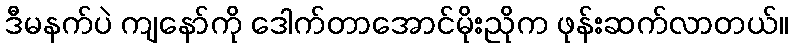
ဒီမနက်ပဲ ကျနော်ကို ဒေါက်တာအောင်မိုးညိုက ဖုန်းဆက်လာတယ်။